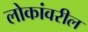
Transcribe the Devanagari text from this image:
लोकांवरील